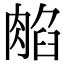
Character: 𦜿